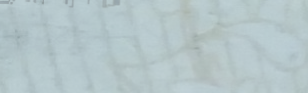
أحدث موديلات الهواتف الذك